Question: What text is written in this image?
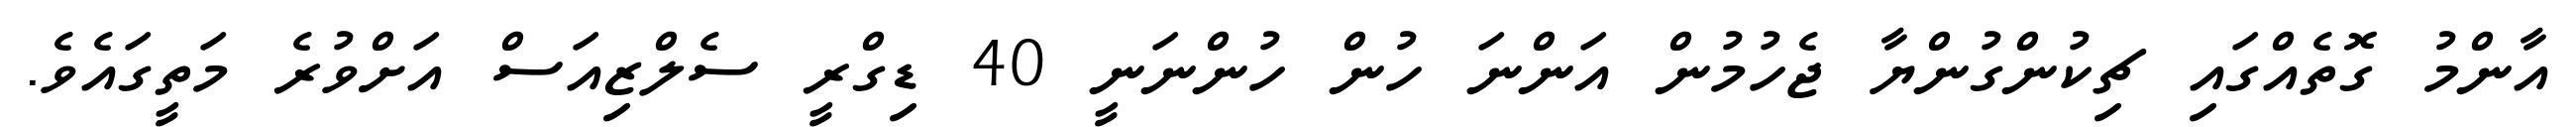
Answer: އާންމު ގޮތެއްގައި ޗިކުންގުންޔާ ޖެހުމުން އަންނަ ހުން ހުންނަނީ 40 ޑިގްރީ ސެލްޒިއަސް އަށްވުރެ މަތީގައެވެ.